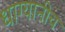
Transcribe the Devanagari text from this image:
धाग्यानीच